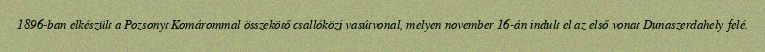
1896-ban elkészült a Pozsonyt Komárommal összekötő csallóközi vasútvonal, melyen november 16-án indult el az első vonat Dunaszerdahely felé.